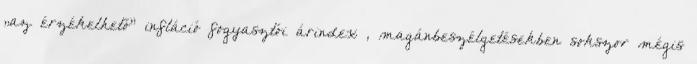
„az érzékelhető” infláció fogyasztói árindex , magánbeszélgetésekben sokszor mégis